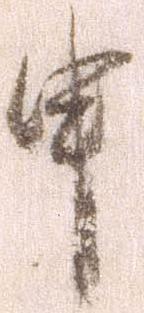
申